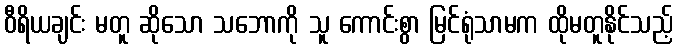
ဝီရိယချင်း မတူ ဆိုသော သဘောကို သူ ကောင်းစွာ မြင်ရုံသာမက ထိုမတူနိုင်သည့်